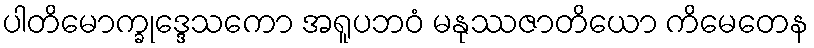
ပါတိမောက္ခုဒ္ဒေသကော အရူပဘဝံ မနုဿဇာတိယော ကိမေတေန